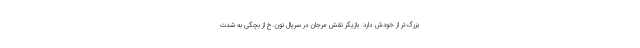
بزرگ‌تر از خودش دارد. بازیگر نقش مرجان در سریال نون.خ از بچگی به شدت